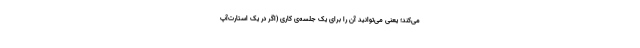
می‌کند؛ یعنی می‌توانید آن را برای یک جلسه‌ی کاری (اگر در یک استارت‌آپ